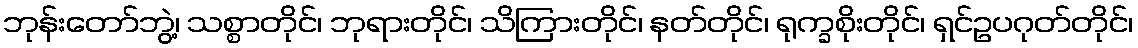
ဘုန်းတော်ဘွဲ့၊ သစ္စာတိုင်၊ ဘုရားတိုင်၊ သိကြားတိုင်၊ နတ်တိုင်၊ ရုက္ခစိုးတိုင်၊ ရှင်ဥပဂုတ်တိုင်၊